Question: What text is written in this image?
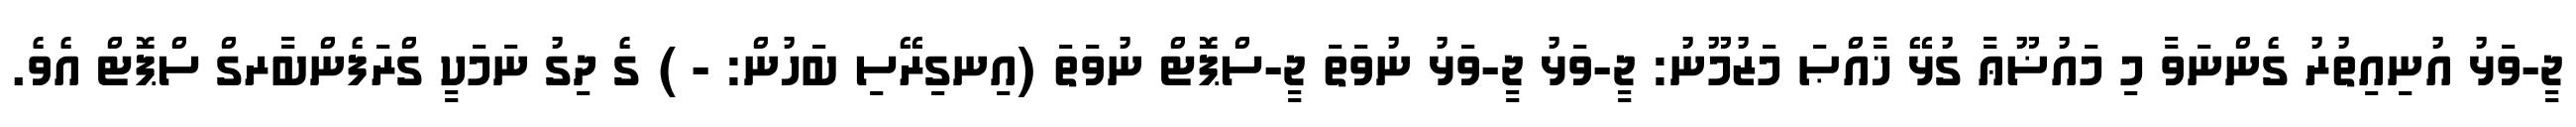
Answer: ޖީ-ވަޅު އުނިއިތުރު ގެންނަވާ މި މައުޟޫޢާ ގުޅޭ ޚާއްޞަ މަޒުމޫނު: ޖީ-ވަޅު ޖީ-ވަޅު ނުވަތަ ޖީ-ސްޕޮޓް ނުވަތަ (އިނގިރޭސި ބަހުން: - ) ގެ ދިގު ނަމަކީ ގްރަފެންބާރގް ސްޕޮޓް އެވެ.